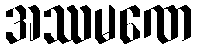
အဿမဏေ